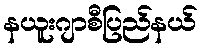
နယူးဂျာစီပြည်နယ်